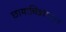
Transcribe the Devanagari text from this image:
छायाचित्रांमधून